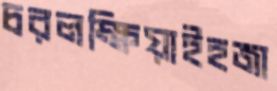
চরলক্ষিয়াইহজা